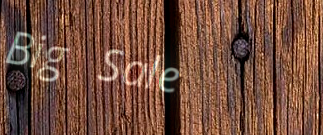
Big Sale